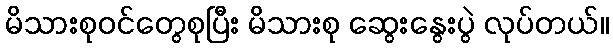
မိသားစုဝင်တွေစုပြီး မိသားစု ဆွေးနွေးပွဲ လုပ်တယ်။